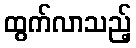
ထွက်လာသည့်